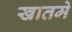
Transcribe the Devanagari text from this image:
खातमे